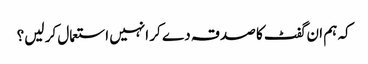
کہ ہم ان گفٹ کا صدقہ دے کر انہیں استعمال کر لیں؟